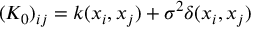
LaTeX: ( K _ { 0 } ) _ { i j } = k ( x _ { i } , x _ { j } ) + \sigma ^ { 2 } \delta ( x _ { i } , x _ { j } )